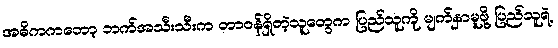
အဓိကကတော့ ဘက်အသီးသီးက တာဝန်ရှိတဲ့သူတွေက ပြည်သူကို မျက်နှာမူဖို့ ပြည်သူရဲ့